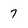
Character: 7